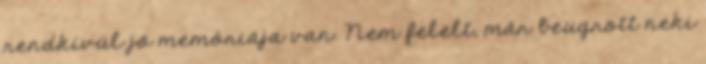
rendkívül jó memóriája van. Nem felelt, már beugrott neki